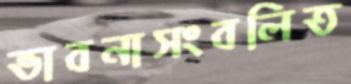
ভাবনাসংবলিত